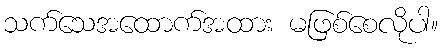
သက်သေအထောက်အထား မဖြစ်စေလိုပါ။